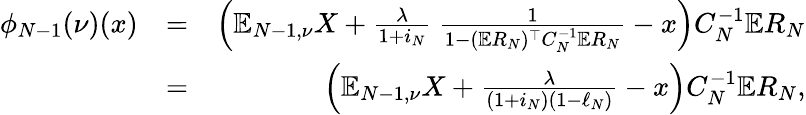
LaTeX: \begin{array}{rlr}{\phi_{N-1}(\nu)(x)}&{=}&{\Big(\mathbb{E}_{N-1,\nu}X+\frac\lambda{1+i_{N}}\ \frac{1}{1-(\mathbb{E}R_{N})^{\top}C_{N}^{-1}\mathbb{E}R_{N}}-x\Big)C_{N}^{-1}\mathbb{E}R_{N}}\\ &{=}&{\Big(\mathbb{E}_{N-1,\nu}X+\frac\lambda{(1+i_{N})(1-\ell_{N})}-x\Big)C_{N}^{-1}\mathbb{E}R_{N},}\end{array}